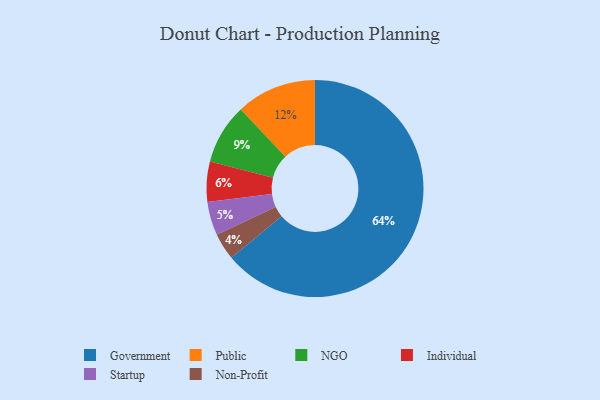
{"axis": {"x": "Category", "y": "Percentage"}, "legend": ["Government", "Individual", "NGO", "Non-Profit", "Public", "Startup"], "data": [{"x": "Non-Profit", "y": 4, "type": "Non-Profit"}, {"x": "Individual", "y": 6, "type": "Individual"}, {"x": "NGO", "y": 9, "type": "NGO"}, {"x": "Government", "y": 64, "type": "Government"}, {"x": "Public", "y": 12, "type": "Public"}, {"x": "Startup", "y": 5, "type": "Startup"}]}